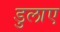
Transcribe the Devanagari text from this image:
डुलाए